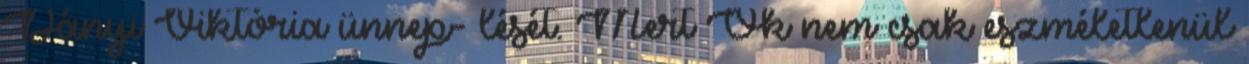
Dányi Viktória ünnep- lését. Mert Ők nem csak eszméletlenül